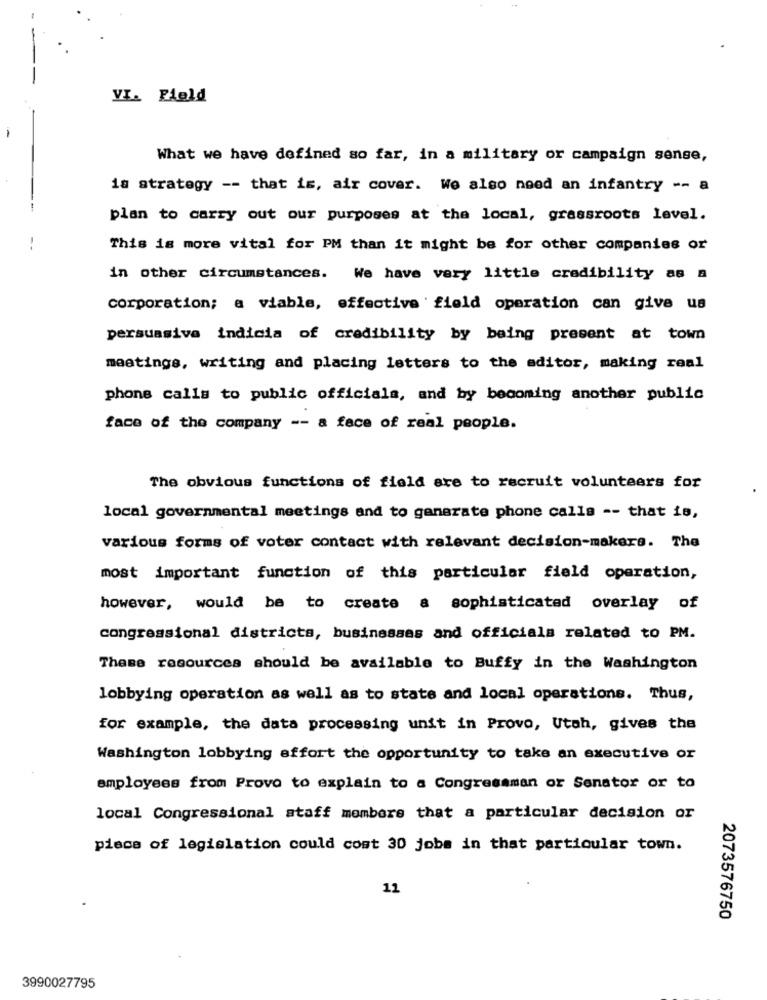
VI. Field
What we have defined so far, in a military or campaign sense,
is strategy -- that is, air cover. We also need an infantry -- a
plan to carry out our purposes at the local, grassroots level.
--
This is more vital for PM than it might be for other companies or
in other circumstances. We have very little credibility as a
corporation; a viable, effective field operation can give us
persuasiva indicia of credibility by being present at town
meetings, writing and placing letters to the editor, making real
phone calls to public officials, and by becoming another public
face of the company -- a face of real people.
The obvious functions of field are to recruit volunteers for
local governmental meetings and to generate phone calls -- that is,
various forms of voter contact with relevant decision-makers. The
most important function of this particular field operation,
however, would be to create a sophisticated overlay of
congressional districts, businesses and officials related to PM.
These resources should be available to Buffy in the Washington
lobbying operation as well as to state and local operations. Thus,
for example, the data processing unit in Provo, Utah, gives the
Washington lobbying effort the opportunity to take an executive or
employees from Provo to explain to a Congressman or Senator or to
local Congressional staff members that a particular decision or
piece of legislation could cost 30 jobs in that particular town.
11
2073576750
3990027795